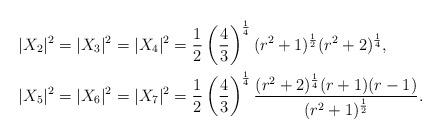
LaTeX: \begin{align*}&|X_{2}|^{2}=|X_{3}|^{2}=|X_{4}|^{2}=\frac{1}{2}\left(\frac{4}{3}\right)^{\frac{1}{4}}(r^{2}+1)^{\frac{1}{2}}(r^{2}+2)^{\frac{1}{4}},\\&|X_{5}|^{2}=|X_{6}|^{2}=|X_{7}|^{2}=\frac{1}{2}\left(\frac{4}{3}\right)^{\frac{1}{4}}\frac{(r^{2}+2)^{\frac{1}{4}}(r+1)(r-1)}{(r^{2}+1)^{\frac{1}{2}}}.\end{align*}